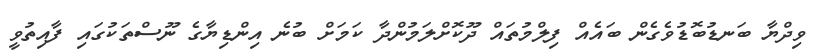
ވިދްޔާ ބަނޑުބޮޑުވެގެން ބައެއް ފިލްމުތައް ދޫކޮށްލަމުންދާ ކަމަށް ބުނެ އިންޑިޔާގެ ނޫސްތަކުގައި ފާއިތުވީ